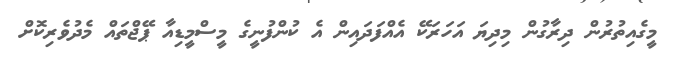
މީގެއިތުރުން ދިރާގުން މިދިޔަ އަހަރަކޭ އެއްފަދައިން އެ ކުންފުނީގެ މީސްމީޑިއާ ޕޭޖްތައް މެދުވެރިކޮށް